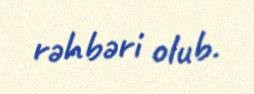
rəhbəri olub.